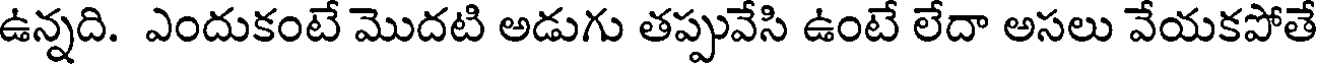
ఉన్నది. ఎందుకంటే మొదటి అడుగు తప్పువేసి ఉంటే లేదా అసలు వేయకపోతే